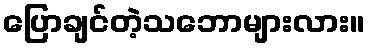
ပြောချင်တဲ့သဘောများလား။